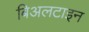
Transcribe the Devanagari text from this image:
बिअलटाइन